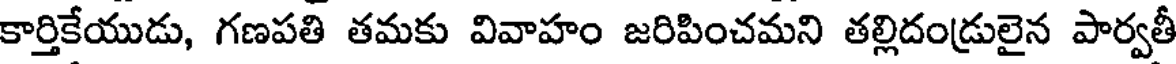
కార్తికేయుడు, గణపతి తమకు వివాహం జరిపించమని తల్లిదండ్రులైన పార్వతీ